Report on vaccination North-West Frontier Province 1904-1922 - 1904-1922
Year: 1904
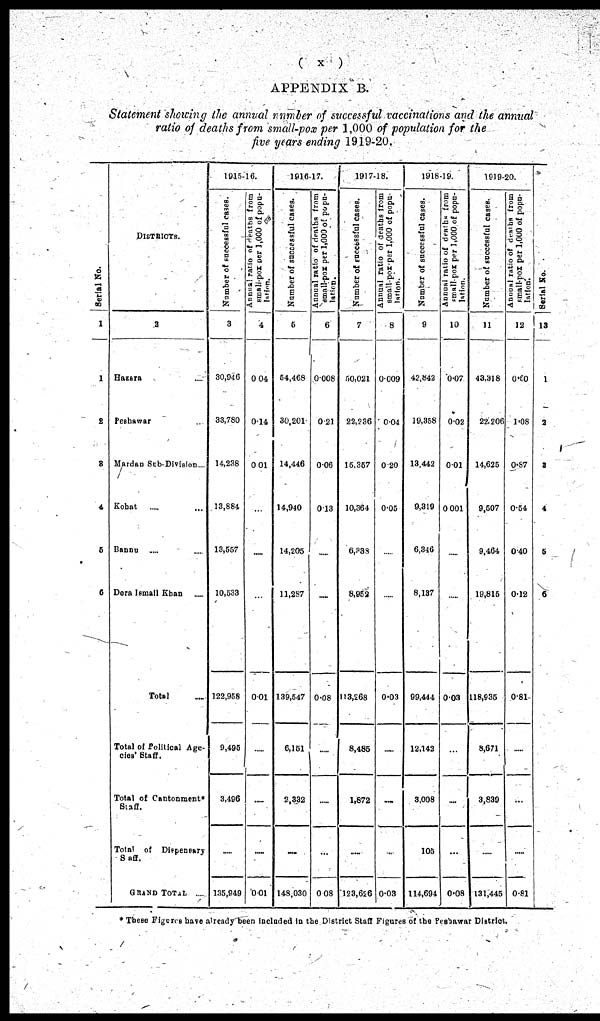
( x )
APPENDIX B.
Statement showing the annual number of successful vaccinations and the annual
ratio of deaths from small-pox per 1,000 of population for the
five years ending 1919-20.
Serial No.
1
1
2
3
4
5
6
DISTRICTS.
2
Hazara ...
Peshawar ...
Mardan Sub-Division...
Kohat
... ...
Bannu ... ...
Dera Ismail Khan ...
Total ...
Total of Political Age¬
cies Staff.
Total of Cantonment*
Staff.
Total of Dispensary
Saff.
GRAND TOTAL .....
1915-16.
Number of Successful cases.
3
30,946
33,780
14,238
13,884
13,557
10,533
122,958
9,495
3,496
.....
135,949
Annual ratio of deaths from
small-pox per 1,000 of popu-
lation.
4
0.04
0.14
0.01
...
...
...
0.01
.....
.....
0.01
1916-17.
Number of successful cases.
5
54,468
30,201
14,446
14,940
14,205
11,287
139,547
6,151
2,332
.....
148,030
Annual ratio of deaths from
small-pox per 1,000 of popu-
lation.
6
0.008
0.21
0.06
0.13
...
...
0.08
....
.....
...
0.08
1917-18.
Number of successful cases.
7
50,021
22,236
15,357
10,364
6,338
8,952
113,268
8,485
1,872
.....
123,626
Annual ratio of deaths from
small-pox-per 1,000 of popu-
lation.
8
0.009
0.04
0.20
0.05
...
.....
0.03
.....
...
...
0.03
1918-19.
Number of successful cases.
9
42,842
19,358
13,442
9,319
6,346
8,137
99,444
12,142
3,008
105
114,694
Annual ratio of deaths from
small-pox per 1,000 of popu-
lation.
10
0.07
0.02
0.01
0.001
...
.....
0.03
...
.....
...
0.08
1919-20.
Number of successful cases.
11
43,318
22,206
14,625
9,507
9,464
19,815
118,935
8,671
3,839
.....
131,445
Annual ratio of deaths from
small-pox per 1,000 of popu-
lation.
12
0.60
1.08
0.87
0.54
0.40
0.12
0.81
...
...
.....
0.81
Serial No.
13
1
2
3
4
5
6
* These Figures have already been Included in the District Staff Figures of the Peshawar District.